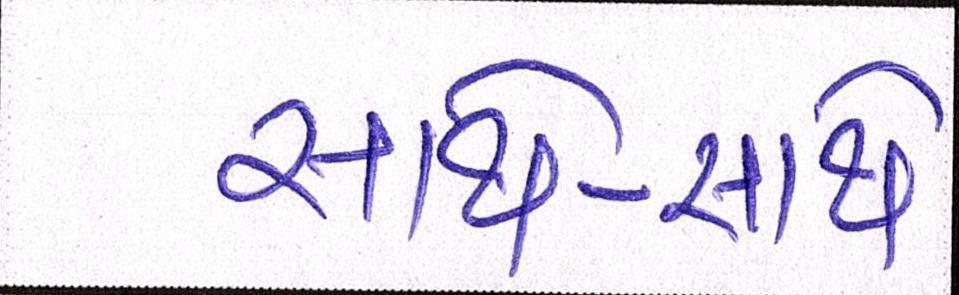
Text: સાથે-સાથે